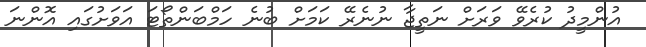
އުންމީދު ކުރެވޭ ވަރަށް ނަތީޖާ ނުނެރޭ ކަމަށް ބުނެ ހަމްބަންތޯޓަ އަވަށުގައި އޮންނަ